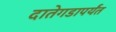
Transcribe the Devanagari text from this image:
दातेगडापर्यंत